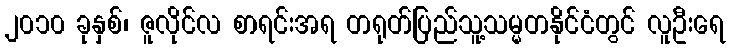
၂၀၁၀ ခုနှစ်၊ ဇူလိုင်လ စာရင်းအရ တရုတ်ပြည်သူ့သမ္မတနိုင်ငံတွင် လူဦးရေ